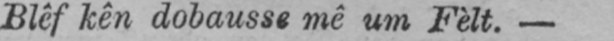
Biêf kên dobausst mê um Fèlt.-